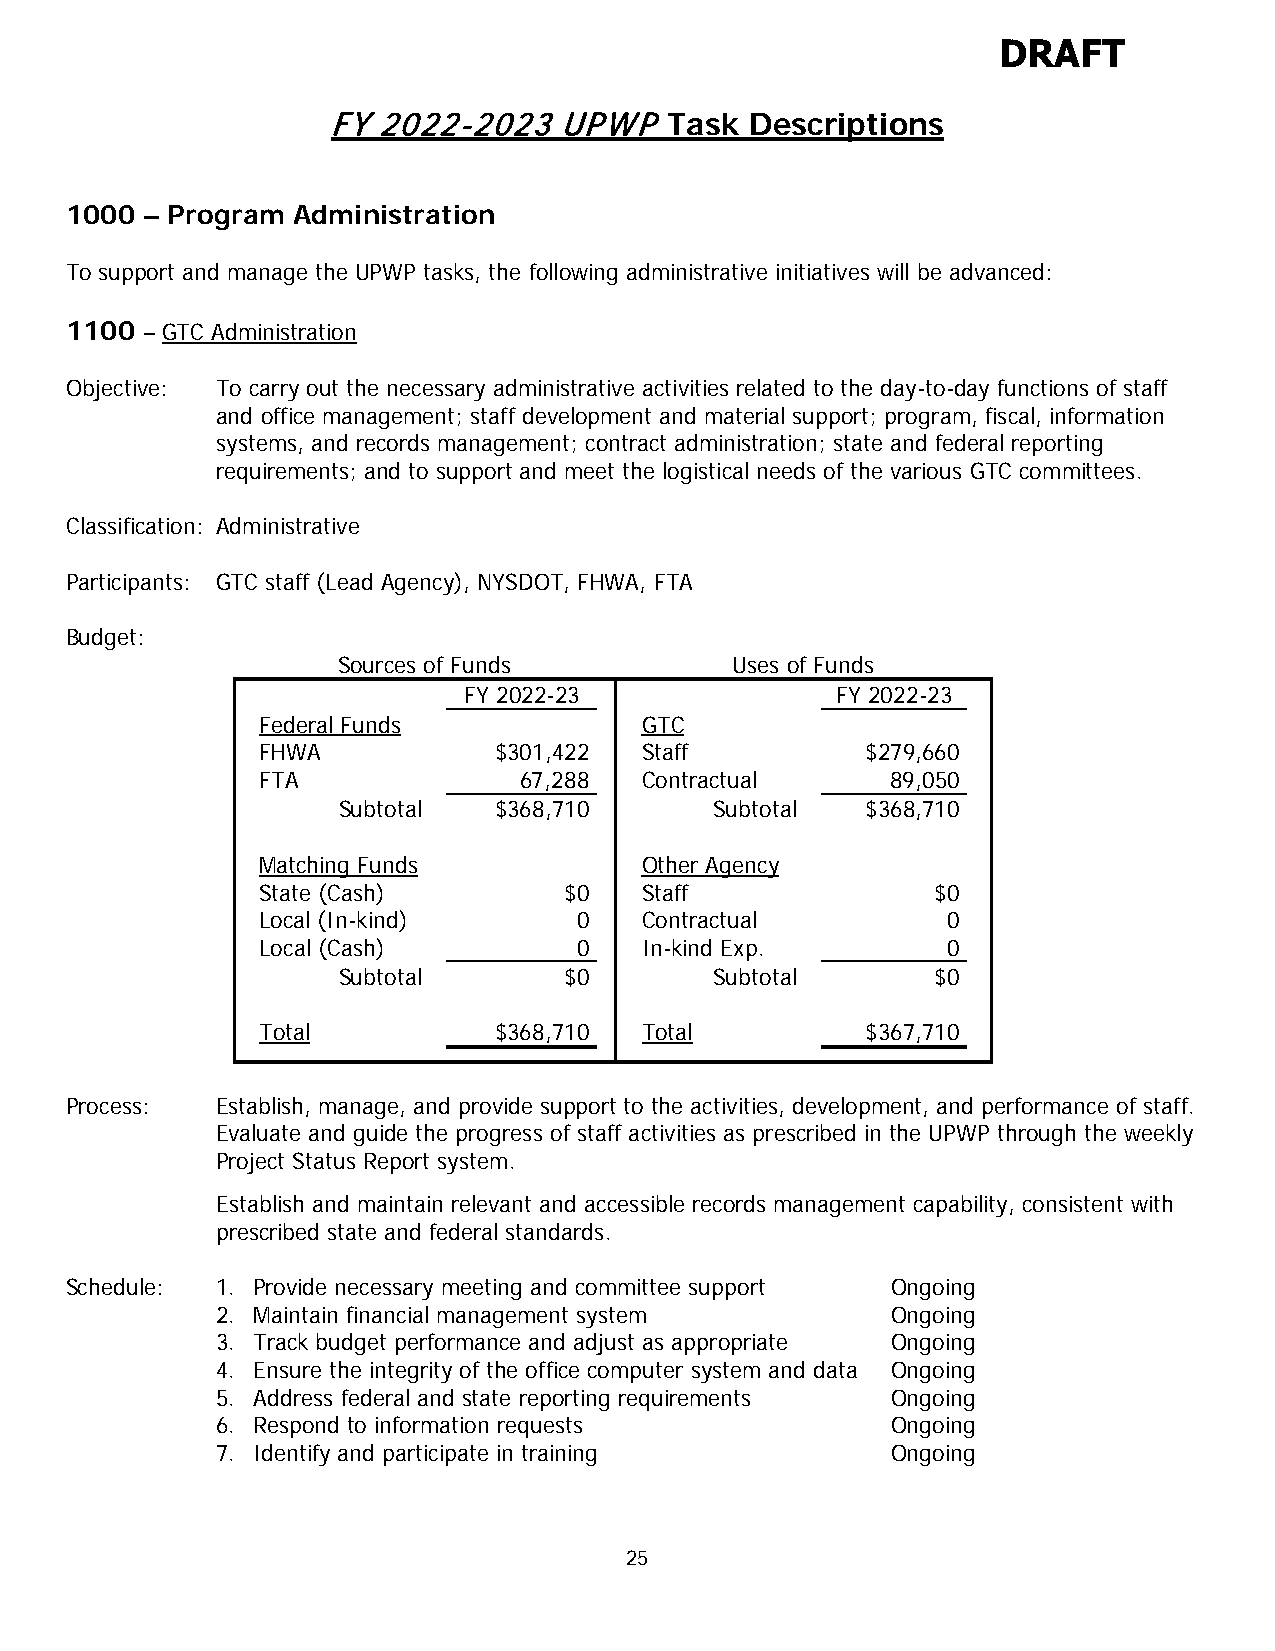
DRAFT
 FY 2022-2023   UPWP   Task  Descriptions
 1000 – Program Administration
 To support and manage the UPWP tasks, the following administrative initiatives will be advanced:
 1100 – GTC Administration
 Objective: To carry out the necessary administrative activities related to the day-to-day functions of staff
 and office management; staff development and material support; program, fiscal, information
 systems, and records management; contract administration; state and federal reporting
 requirements; and to support and meet the logistical needs of the various GTC committees.
 Classification: Administrative
 Participants: GTC staff (Lead Agency), NYSDOT, FHWA, FTA
 Budget:
 Sources of Funds          Uses of Funds
 FY 2022-23              FY 2022-23
 Federal Funds            GTC
 FHWA            $301,422 Staff          $279,660
 FTA              67,288  Contractual      89,050
 Subtotal   $368,710      Subtotal  $368,710
 Matching Funds           Other Agency
 State (Cash)        $0   Staff               $0
 Local (In-kind)      0   Contractual          0
 Local (Cash)         0   In-kind Exp.         0
 Subtotal       $0        Subtotal       $0
 Total           $368,710 Total          $367,710
 Process:  Establish, manage, and provide support to the activities, development, and performance of staff.
 Evaluate and guide the progress of staff activities as prescribed in the UPWP through the weekly
 Project Status Report system.
 Establish and maintain relevant and accessible records management capability, consistent with
 prescribed state and federal standards.
 Schedule: 1. Provide necessary meeting and committee support Ongoing
 2. Maintain financial management system      Ongoing
 3. Track budget performance and adjust as appropriate Ongoing
 4. Ensure the integrity of the office computer system and data Ongoing
 5. Address federal and state reporting requirements Ongoing
 6. Respond to information requests           Ongoing
 7. Identify and participate in training      Ongoing
 25